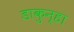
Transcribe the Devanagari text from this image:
डाकुन्हा